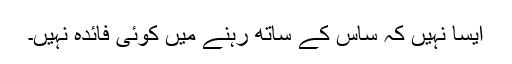
ایسا نہیں کہ ساس کے ساتھ رہنے میں کوئی فائدہ نہیں۔